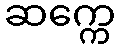
ဆက္ကေ